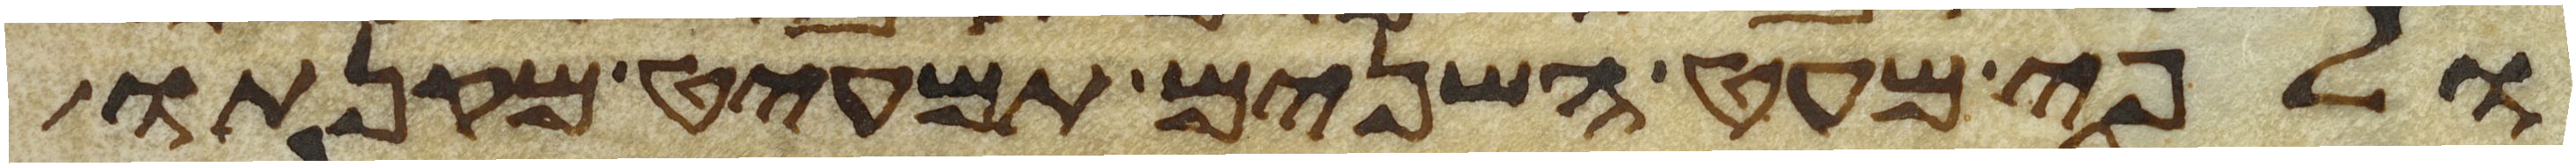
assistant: ולפי מעט השנים תמעיט מקנתו